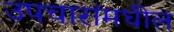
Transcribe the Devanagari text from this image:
उपचारांमधील